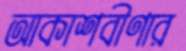
আকাশবীণার